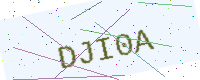
Text: DJI0A